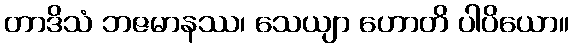
တာဒိသံ ဘဇမာနဿ၊ သေယျာ ဟောတိ ပါပိယော။